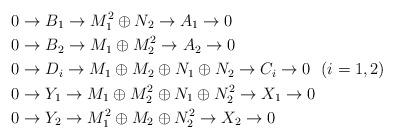
LaTeX: \begin{align*}& 0 \to B_1 \to M_1^2 \oplus N_2 \to A_1 \to 0 &\\& 0 \to B_2 \to M_1 \oplus M_2^2 \to A_2 \to 0 & \\& 0 \to D_i \to M_1 \oplus M_2 \oplus N_1 \oplus N_2 \to C_i \to 0 \ \ (i = 1,2) &\\& 0 \to Y_1 \to M_1 \oplus M_2^2 \oplus N_1 \oplus N_2^2 \to X_1 \to 0 & \\& 0 \to Y_2 \to M_1^2 \oplus M_2 \oplus N_2^2 \to X_2 \to 0 &\end{align*}